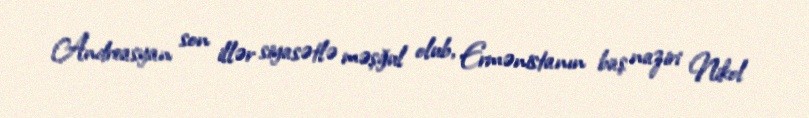
Andreasyan son illər siyasətlə məşğul olub, Ermənistanın baş naziri Nikol